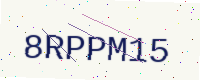
Text: 8RPPM15